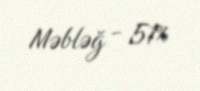
Məbləğ - 51%